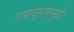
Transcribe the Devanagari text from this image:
पायाळूपणामुळे